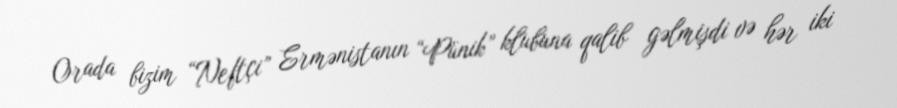
Orada bizim “Neftçi” Ermənistanın “Pünik” klubuna qalib gəlmişdi və hər iki